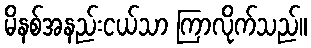
မိနစ်အနည်းငယ်သာ ကြာလိုက်သည်။